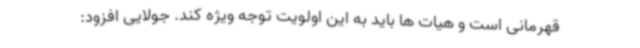
قهرمانی است و هیات ها باید به این اولویت توجه ویژه کند. جولایی افزود: